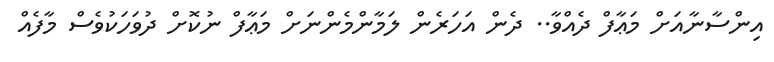
އިންސާނާއަށް މަޢާފް ދެއްވާ.. ދެން އަހަރެން ލަމާންމެންނަށް މަޢާފް ނުކޮށް ދުވަހަކުވެސް މާފެއް